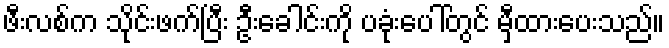
ဖီးလစ်က သိုင်းဖက်ပြီး ဦးခေါင်းကို ပခုံးပေါ်တွင် မှီထားပေးသည်။